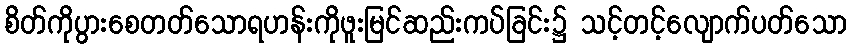
စိတ်ကိုပွားစေတတ်သောရဟန်းကိုဖူးမြင်ဆည်းကပ်ခြင်း၌ သင့်တင့်လျောက်ပတ်သော